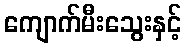
ကျောက်မီးသွေးနှင့်